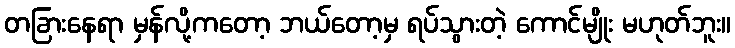
တခြားနေရာ မှန်လို့ကတော့ ဘယ်တော့မှ ရပ်သွားတဲ့ ကောင်မျိုး မဟုတ်ဘူး။